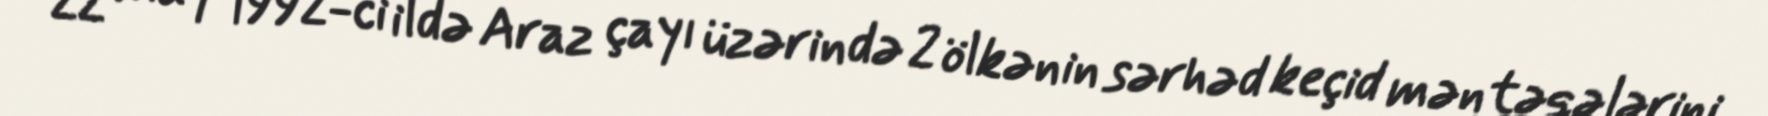
22 may 1992-ci ildə Araz çayı üzərində 2 ölkənin sərhəd keçid məntəqələrini